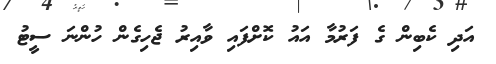
އަދި ކެބިން ގެ ފަރުމާ އައު ކޮށްފައި ވާއިރު ޖެހިގެން ހުންނަ ސީޓު